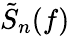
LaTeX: \tilde{S}_{n}(f)